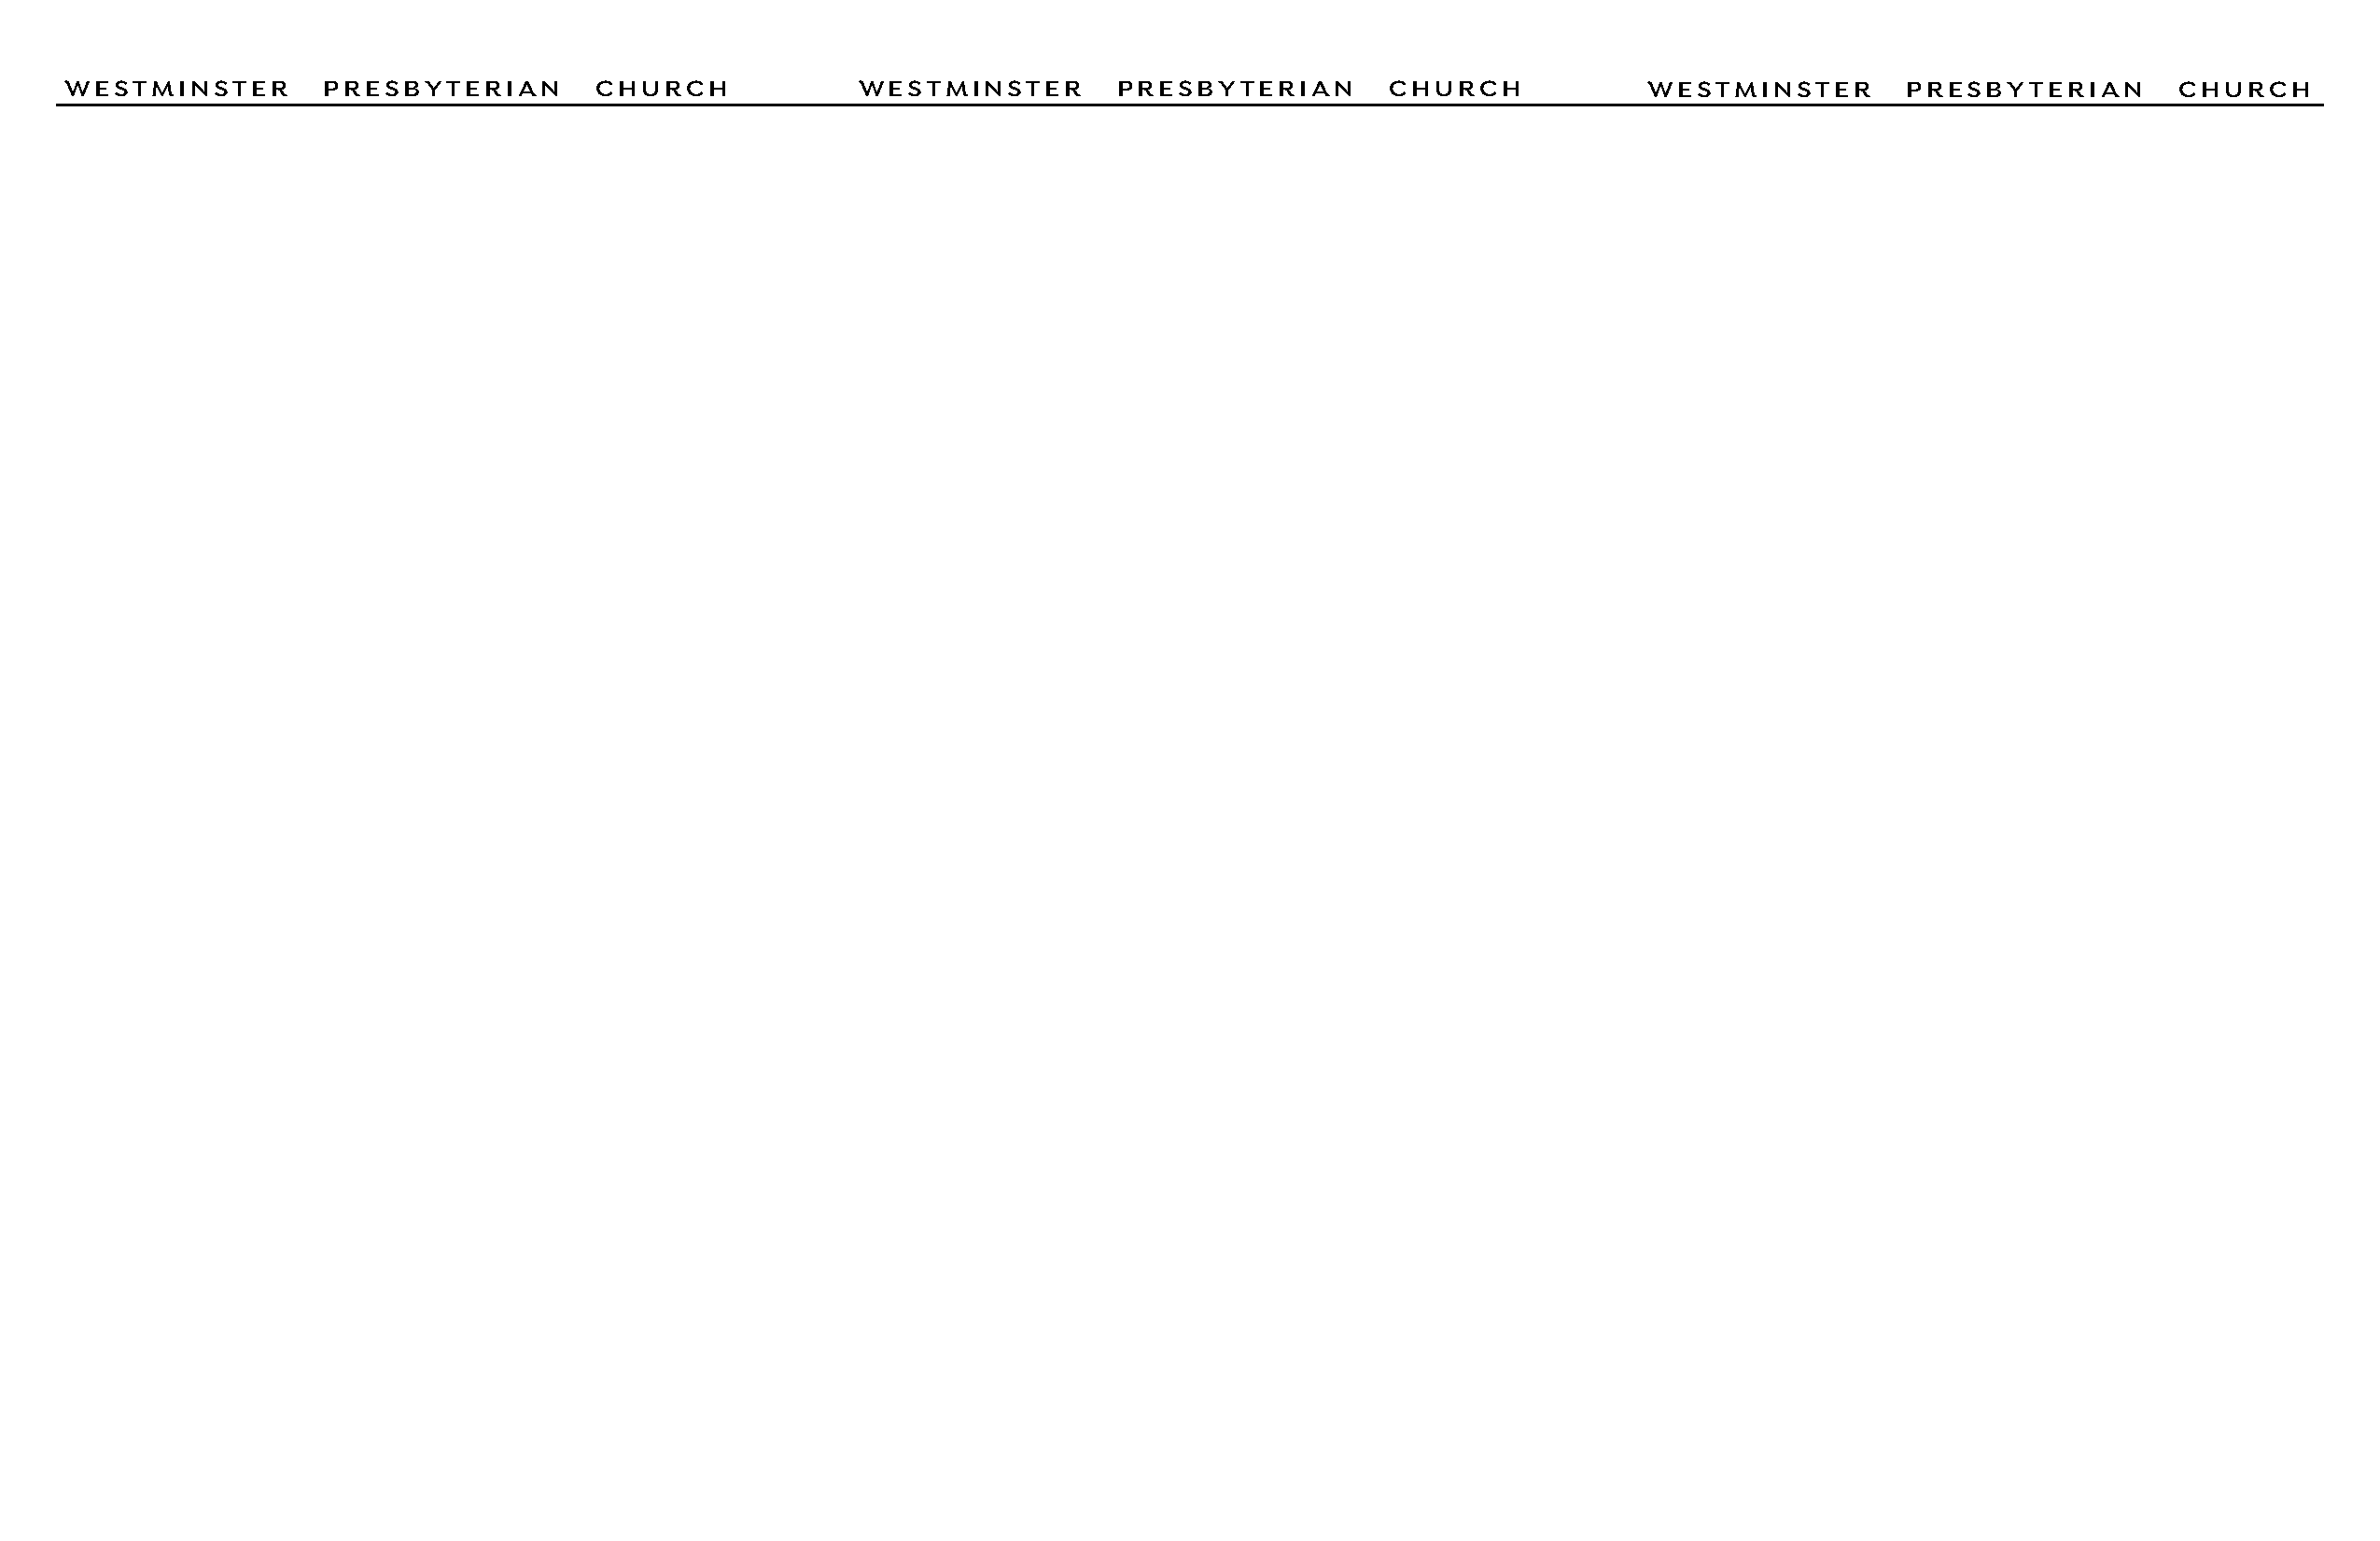
WESTMINSTER       PRESBYTERIAN       CHURCH             WESTMINSTER       PRESBYTERIAN        CHURCH            WESTMINSTER       PRESBYTERIAN        CHURCH